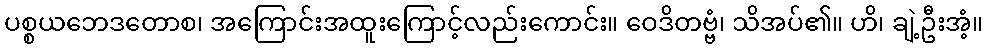
ပစ္စယဘေဒတောစ၊ အကြောင်းအထူးကြောင့်လည်းကောင်း။ ဝေဒိတဗ္ဗံ၊ သိအပ်၏။ ဟိ၊ ချဲ့ဦးအံ့။